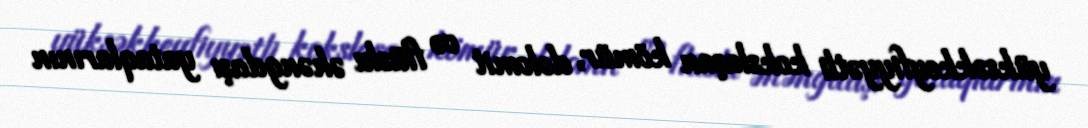
yüksəkkeyfiyyətli kokslaşan kömür, dolomit və flüslu əhəngdaşı yataqlarının